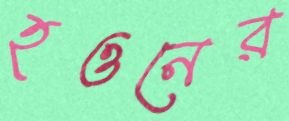
হওনের